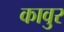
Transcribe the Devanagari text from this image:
कावुर